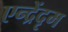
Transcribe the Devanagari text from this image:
एन्द्रेंदृम